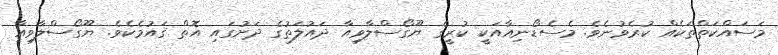
މަސައްކަތްތަކެއް ކުރެވުނެވެ. މެސެޑޯނިއާއަކީ ކުރީގެ ޔޫގޯސްލާވިއާ ދައުލަތުގެ ދަށުގައި އޮތް ޤައުމެކެވެ. ޔޫގޯސްލާވިއާ